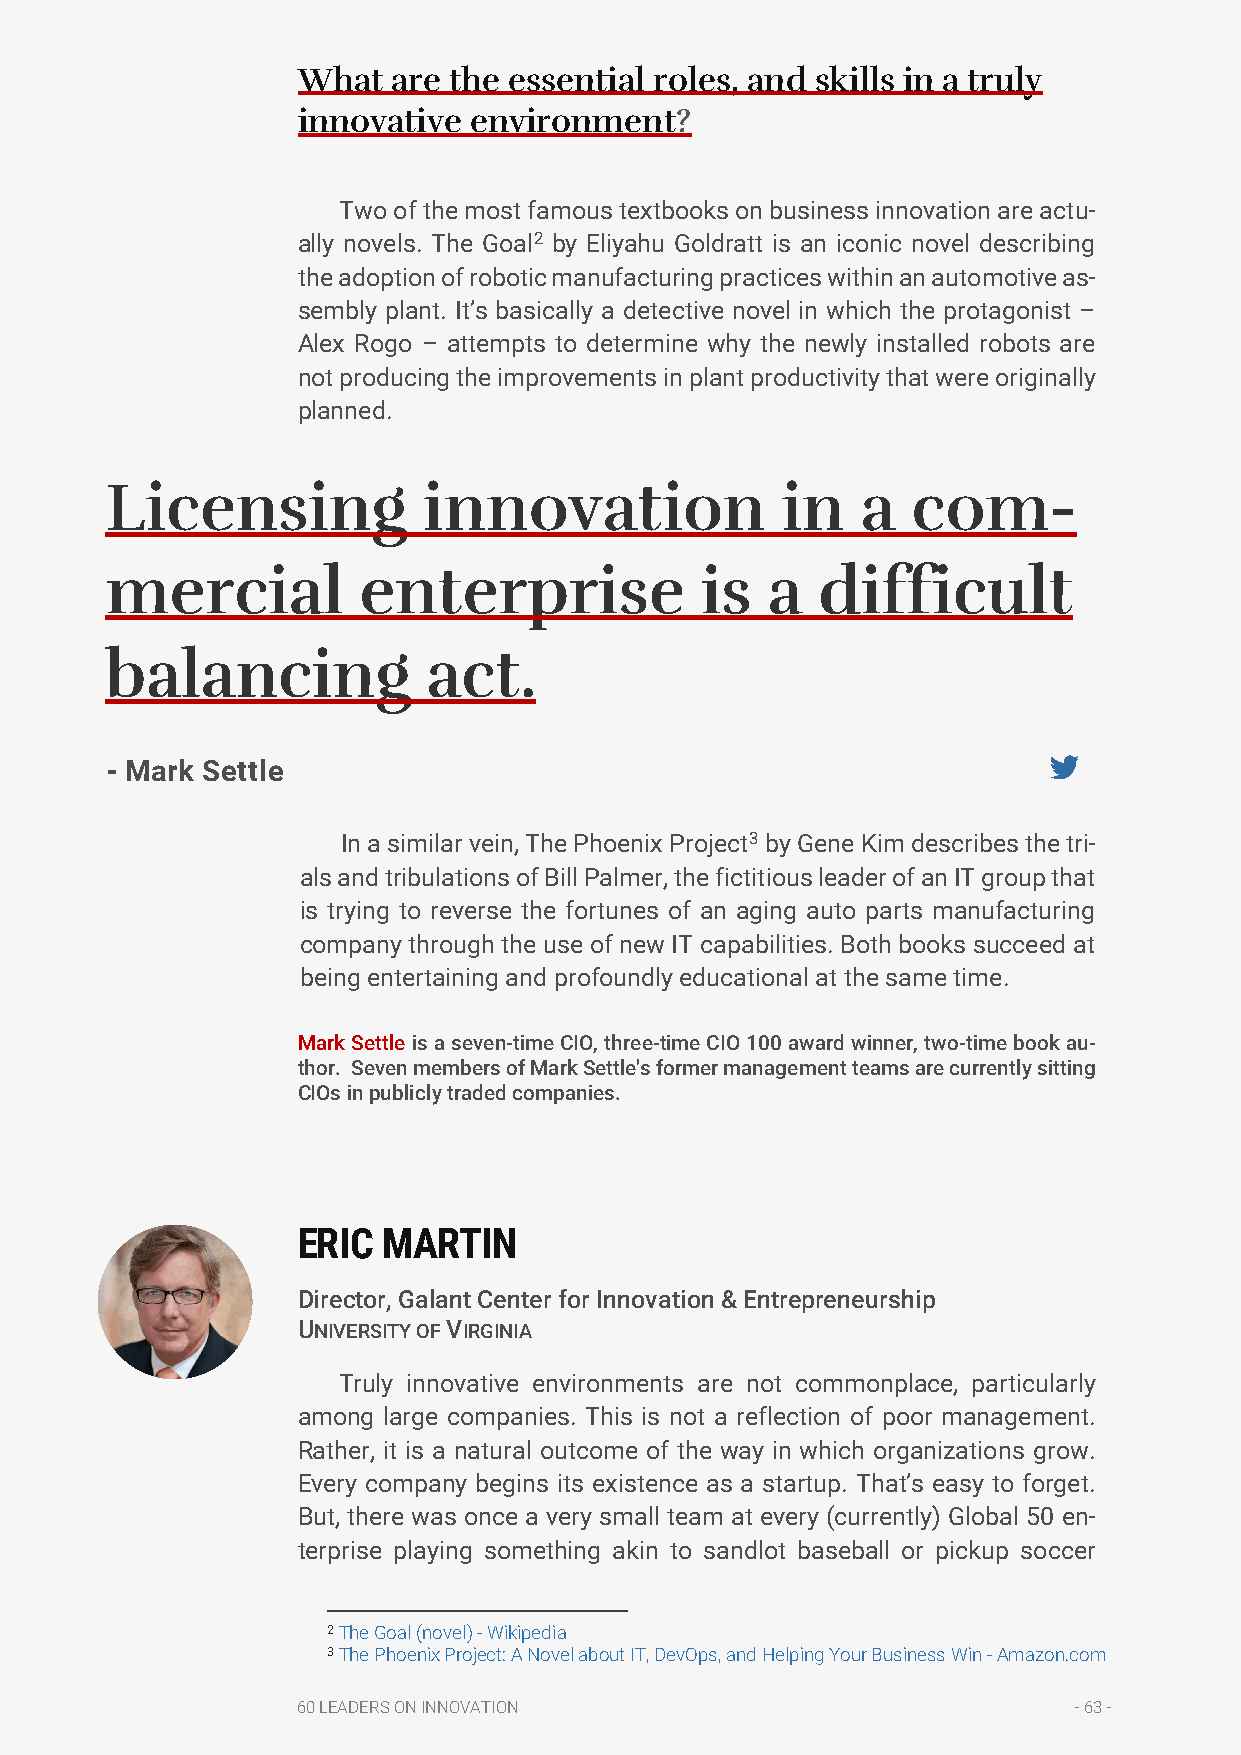
What  are the essential roles, and skills in a truly
 innovative environment?
 Two of the most famous textbooks on business innovation are actu-
 ally novels. The Goal2 by Eliyahu Goldratt is an iconic novel describing
 the adoption of robotic manufacturing practices within an automotive as-
 sembly plant. It’s basically a detective novel in which the protagonist –
 Alex Rogo – attempts to determine why the newly installed robots are
 not producing the improvements in plant productivity that were originally
 planned.
 Licensing            innovation              in   a  com-
 mercial          enterprise            is   a  difficult
 balancing            act.
 - Mark Settle
 In a similar vein, The Phoenix Project3 by Gene Kim describes the tri-
 als and tribulations of Bill Palmer, the fictitious leader of an IT group that
 is trying to reverse the fortunes of an aging auto parts manufacturing
 company through the use of new IT capabilities. Both books succeed at
 being entertaining and profoundly educational at the same time.
 Mark Settle is a seven-time CIO, three-time CIO 100 award winner, two-time book au-
 thor. Seven members of Mark Settle's former management teams are currently sitting
 CIOs in publicly traded companies.
 ERIC MARTIN
 Director, Galant Center for Innovation & Entrepreneurship
 UNIVERSITY OF VIRGINIA
 Truly innovative environments are not commonplace, particularly
 among large companies. This is not a reflection of poor management.
 Rather, it is a natural outcome of the way in which organizations grow.
 Every company begins its existence as a startup. That’s easy to forget.
 But, there was once a very small team at every (currently) Global 50 en-
 terprise playing something akin to sandlot baseball or pickup soccer
 2 The Goal (novel) - Wikipedia
 3 The Phoenix Project: A Novel about IT, DevOps, and Helping Your Business Win - Amazon.com
 60 LEADERS ON INNOVATION                           - 63 -